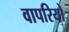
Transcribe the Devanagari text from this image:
वापरियो